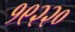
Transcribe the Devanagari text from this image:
१९२२०